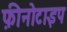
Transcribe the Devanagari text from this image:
फ़ीनोटाइप